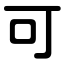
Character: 可